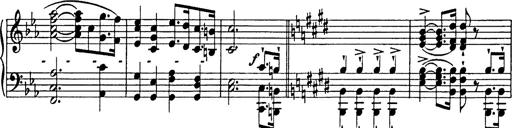
Title: Festmarsch zur SÃ¤cularfeier von Goethes Geburtstag
Composer: Franz Liszt